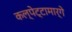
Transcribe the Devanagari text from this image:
कल्पेट्टामार्गे